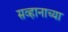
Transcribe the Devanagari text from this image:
सव्हानाच्या